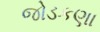
જોડકણા